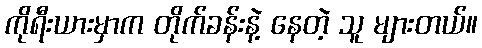
ကိုရီးယားမှာက တိုက်ခန်းနဲ့ နေတဲ့ သူ များတယ်။